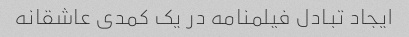
ایجاد تبادل فیلمنامه در یک کمدی عاشقانه